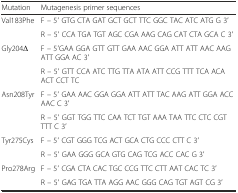
<table><thead><tr><td><b>Mutation</b></td><td><b>Mutagenesis primer sequences</b></td></tr></thead><tbody><tr><td rowspan="2">Val183Phe</td><td>F – 5′ GTG CTA GAT GCT GCT TTC GGC TAC ATC ATG G 3′</td></tr><tr><td>R – 5′ CCA TGA TGT AGC CGA AAG CAG CAT CTA GCA C 3′</td></tr><tr><td rowspan="2">Gly204Δ</td><td>F – 5′GAA GGA GTT GTT GAA AAC GGA ATT ATT AAC AAG ATT GGA AC 3′</td></tr><tr><td>R – 5′ GTT CCA ATC TTG TTA ATA ATT CCG TTT TCA ACA ACT CCT TC</td></tr><tr><td rowspan="2">Asn208Tyr</td><td>F – 5′ GAA AAC GGA GGA ATT ATT TAC AAG ATT GGA ACC AAC C 3′</td></tr><tr><td>R – 5′ GGT TGG TTC CAA TCT TGT AAA TAA TTC CTC CGT TTT C 3′</td></tr><tr><td rowspan="2">Tyr275Cys</td><td>F – 5′ CGT GGG TCG ACT GCA CTG CCC CTT C 3′</td></tr><tr><td>R – 5′ GAA GGG GCA GTG CAG TCG ACC CAC G 3′</td></tr><tr><td rowspan="2">Pro278Arg</td><td>F – 5′ CGA CTA CAC TGC CCG TTC CTT AAT CAC TC 3′</td></tr><tr><td>R – 5′ GAG TGA TTA AGG AAC GGG CAG TGT AGT CG 3′</td></tr></tbody></table>